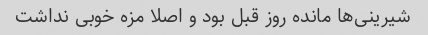
شیرینی‌ها مانده روز قبل بود و اصلا مزه خوبی نداشت